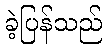
ခဲ့ပြန်သည်